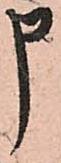
申